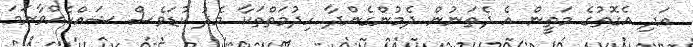
އަދި އެގޮތުގެ މަތީން އެ ދެތަނުން ދެމުންގެންދާ ހިދުމަތްތަކާ މެދު ކުޑަވެސް ޝައްކެއްވާނަމަ